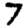
Digit: 7